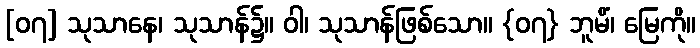
[၀၇] သုသာနေ၊ သုသာန်၌။ ဝါ၊ သုသာန်ဖြစ်သော။ {၀၇} ဘူမိံ၊ မြေကို။